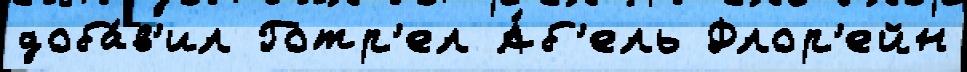
доба́в'ил Готр'ел А́б'ель Флор'ейн